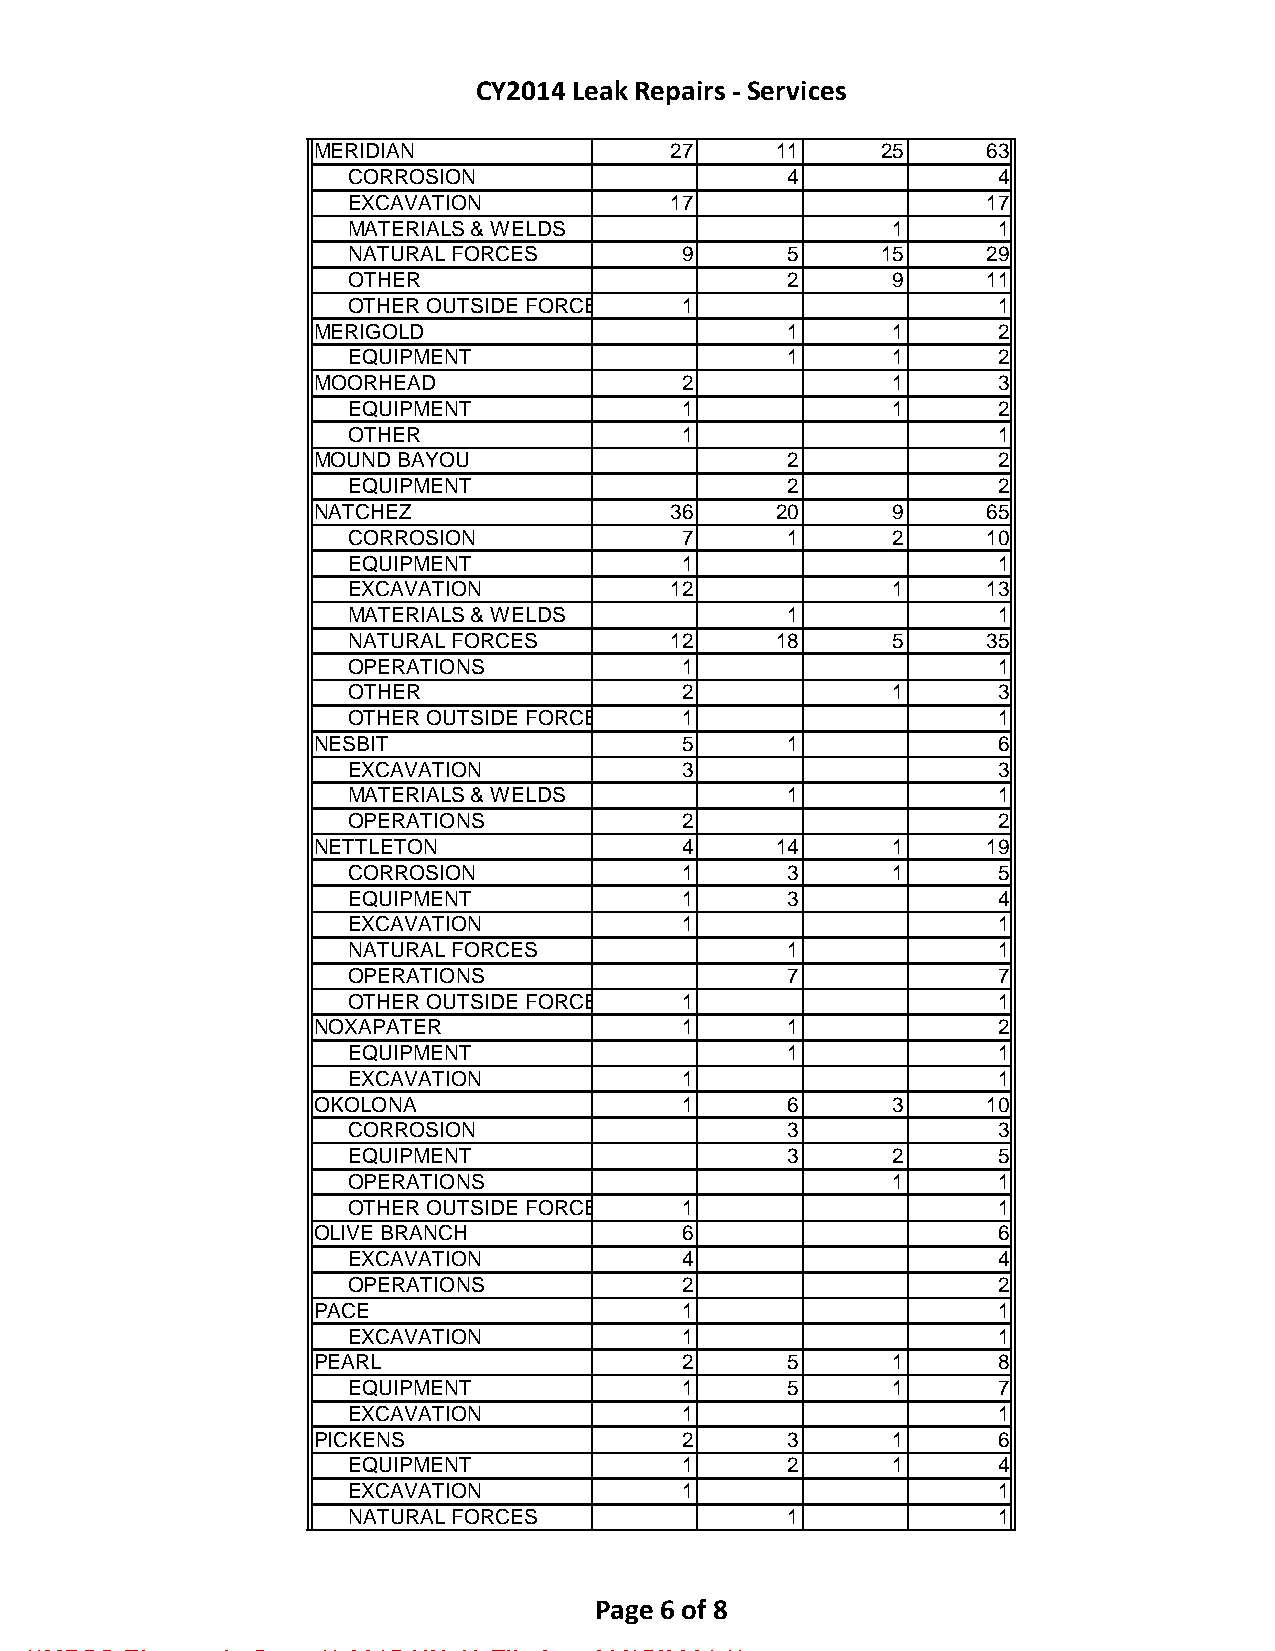
CY2014 Leak Repairs - Services
 MERIDIAN                27     11     25     63
 CORROSION                    4             4
 EXCAVATION           17                   17
 MATERIALS & WELDS                   1      1
 NATURAL FORCES        9      5     15     29
 OTHER                        2      9     11
 OTHER OUTSIDE FORCE   1                    1
 MERIGOLD                        1      1      2
 EQUIPMENT                    1      1      2
 MOORHEAD                 2             1      3
 EQUIPMENT             1             1      2
 OTHER                 1                    1
 MOUND BAYOU                     2             2
 EQUIPMENT                    2             2
 NATCHEZ                 36     20      9     65
 CORROSION             7      1      2     10
 EQUIPMENT             1                    1
 EXCAVATION           12             1     13
 MATERIALS & WELDS            1             1
 NATURAL FORCES       12     18      5     35
 OPERATIONS            1                    1
 OTHER                 2             1      3
 OTHER OUTSIDE FORCE   1                    1
 NESBIT                   5      1             6
 EXCAVATION            3                    3
 MATERIALS & WELDS            1             1
 OPERATIONS            2                    2
 NETTLETON                4     14      1     19
 CORROSION             1      3      1      5
 EQUIPMENT             1      3             4
 EXCAVATION            1                    1
 NATURAL FORCES               1             1
 OPERATIONS                   7             7
 OTHER OUTSIDE FORCE   1                    1
 NOXAPATER                1      1             2
 EQUIPMENT                    1             1
 EXCAVATION            1                    1
 OKOLONA                  1      6      3     10
 CORROSION                    3             3
 EQUIPMENT                    3      2      5
 OPERATIONS                          1      1
 OTHER OUTSIDE FORCE   1                    1
 OLIVE BRANCH             6                    6
 EXCAVATION            4                    4
 OPERATIONS            2                    2
 PACE                     1                    1
 EXCAVATION            1                    1
 PEARL                    2      5      1      8
 EQUIPMENT             1      5      1      7
 EXCAVATION            1                    1
 PICKENS                  2      3      1      6
 EQUIPMENT             1      2      1      4
 EXCAVATION            1                    1
 NATURAL FORCES               1             1
 Page 6 of 8
 **MPSC Electronic Copy ** 2015-UN-49 Filed on 03/15/2021 **